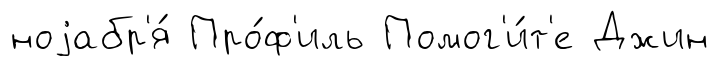
ноjабр'я́ Про́ф'иль Помог'и́т'е Джин